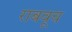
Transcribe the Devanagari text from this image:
राबवूच